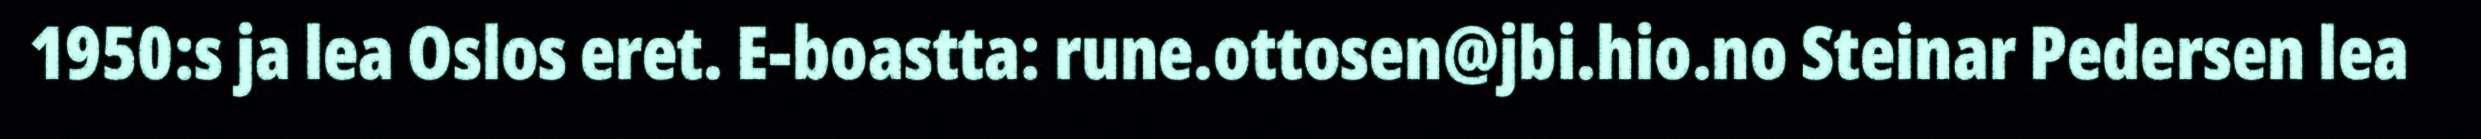
1950:s ja lea Oslos eret. E-boastta: rune.ottosen@jbi.hio.no Steinar Pedersen lea